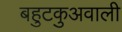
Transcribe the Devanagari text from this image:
बहुटकुअवाली